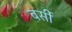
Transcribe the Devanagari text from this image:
बर्सी